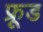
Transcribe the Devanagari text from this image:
फ्रूड